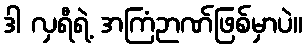
ဒါ လှရီရဲ့ အကြံဉာဏ်ဖြစ်မှာပဲ။